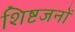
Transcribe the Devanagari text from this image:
शिष्टजनों